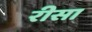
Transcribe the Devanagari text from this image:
रीसा